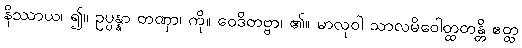
နိဿာယ၊ ၍။ ဥပ္ပန္နာ တဏှာ၊ ကို။ ဝေဒိတဗ္ဗာ၊ ၏။ မာလုဝါ သာလမိဝေါတ္ထတန္တိ ဧတ္ထ